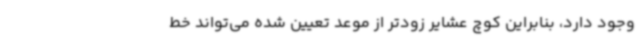
وجود دارد، بنابراین کوچ عشایر زودتر از موعد تعیین شده می‌تواند خط